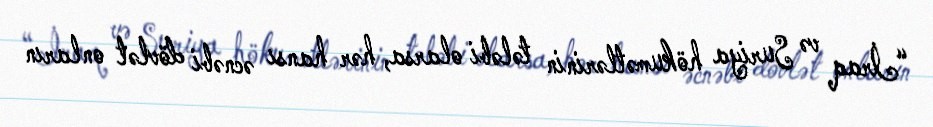
“İraq və Suriya hökumətlərinin tələbi olarsa, hər hansı əcnəbi dövlət onların